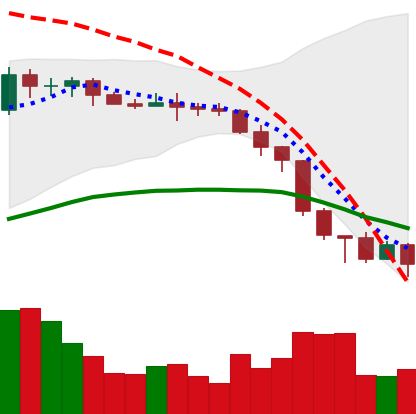
Ticker: XMR-USD
Chart end date: 2022-06-18
Forward return: 17.77%
Label: up_7plus